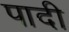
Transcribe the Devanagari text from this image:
पादी